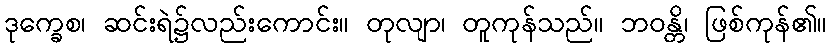
ဒုက္ခေစ၊ ဆင်းရဲ၌လည်းကောင်း။ တုလျာ၊ တူကုန်သည်။ ဘဝန္တိ၊ ဖြစ်ကုန်၏။